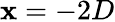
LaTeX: \mathbf{x}=-2D